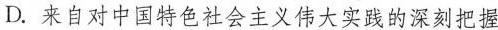
D.来自对中国特色社会主义伟大实践的深刻把握